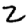
Digit: 2